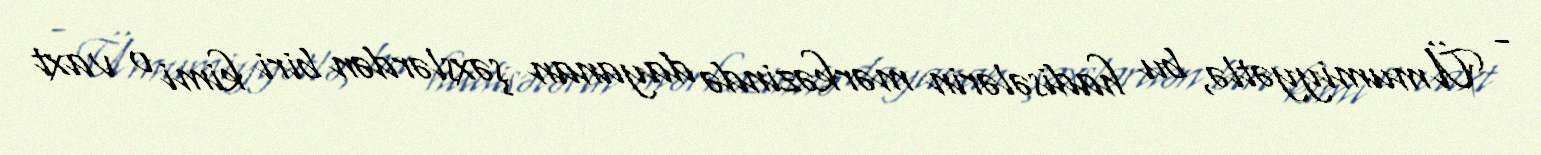
- Ümumiyyətlə, bu hadisələrin mərkəzində dayanan şəxslərdən biri kimi o vaxt